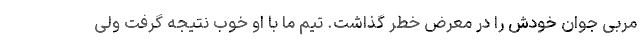
مربی جوان خودش را در معرض خطر گذاشت. تیم ما با او خوب نتیجه گرفت ولی